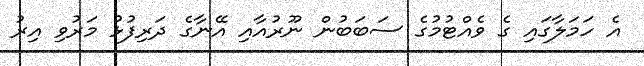
އެ ހަމަލާގައި ގެ ވެއްޓުމުގެ ސަބަބުން ނޫރުއާއި އޭނާގެ ދަރިފުޅު މަރުވި އިރު